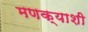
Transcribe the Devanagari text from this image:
मणक्याशी